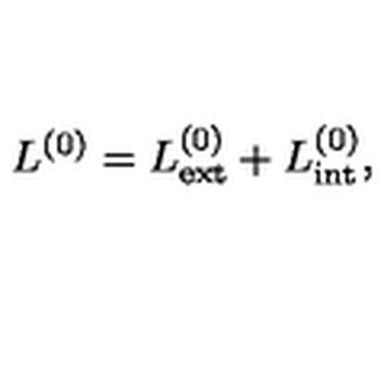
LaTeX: L ^ { ( 0 ) } = L _ { \mathrm { e x t } } ^ { ( 0 ) } + L _ { \mathrm { i n t } } ^ { ( 0 ) } ,